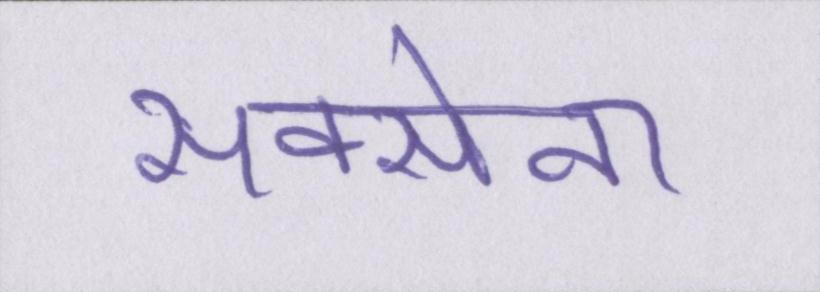
सक्सेना